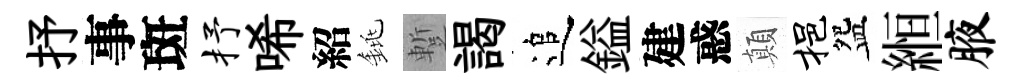
抒事斑抒唏紹銚蹔謁追鎰建惑顛挹盌縆腋